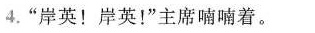
4.”岸英！岸英！”主席喃喃着。